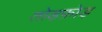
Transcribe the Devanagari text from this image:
तोड़फ़ोड़